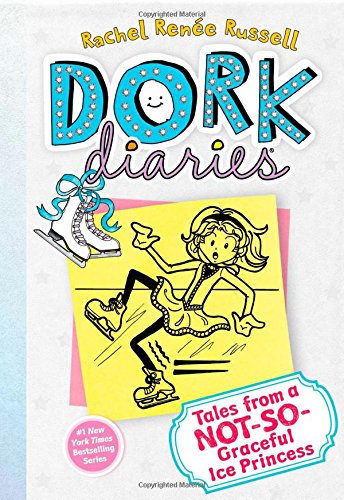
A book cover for Tales from a Not-So-Graceful Ice Princess (Dork Diaries, No. 4); Rachel RenÃ©e Russell; Children's Books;